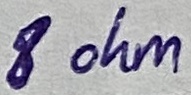
Text: 8 ohm